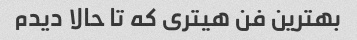
بهترین فن هیتری که تا حالا دیدم